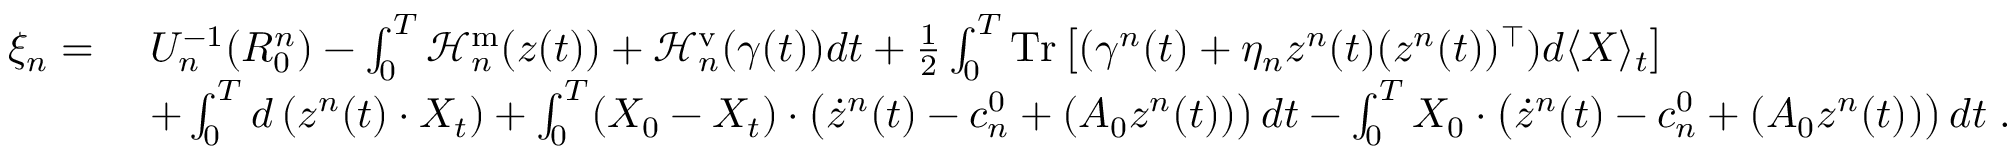
\begin{array} { r l } { \xi _ { n } = } & { ~ U _ { n } ^ { - 1 } ( R _ { 0 } ^ { n } ) - \int _ { 0 } ^ { T } \mathcal { H } _ { n } ^ { \mathrm { m } } ( z ( t ) ) + \mathcal { H } _ { n } ^ { \mathrm { v } } ( \gamma ( t ) ) d t + \frac 1 2 \int _ { 0 } ^ { T } \mathrm { T r } \left[ ( \gamma ^ { n } ( t ) + \eta _ { n } z ^ { n } ( t ) ( z ^ { n } ( t ) ) ^ { \top } ) d \langle X \rangle _ { t } \right] } \\ & { ~ + \int _ { 0 } ^ { T } d \left( z ^ { n } ( t ) \cdot X _ { t } \right) + \int _ { 0 } ^ { T } ( X _ { 0 } - X _ { t } ) \cdot \left( \dot { z } ^ { n } ( t ) - c _ { n } ^ { 0 } + ( A _ { 0 } z ^ { n } ( t ) ) \right) d t - \int _ { 0 } ^ { T } X _ { 0 } \cdot \left( \dot { z } ^ { n } ( t ) - c _ { n } ^ { 0 } + ( A _ { 0 } z ^ { n } ( t ) ) \right) d t \; . } \end{array}